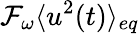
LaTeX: \mathcal{F}_{\omega}\langle u^{2}(t)\rangle_{eq}